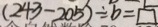
( 2 4 3 - 2 0 5 ) \div b = \square